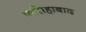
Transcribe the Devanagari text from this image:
फसिहाबाद